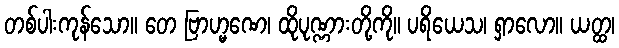
တစ်ပါးကုန်သော။ တေ ဗြာဟ္မဏေ၊ ထိုပုဏ္ဏားတို့ကို။ ပရိယေသ၊ ရှာလော။ ယတ္ထ၊